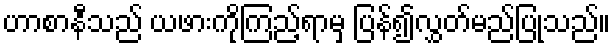
ဟာစာနီသည် ယဖားကိုကြည့်ရာမှ ပြန်၍လွှတ်မည်ပြုသည်။